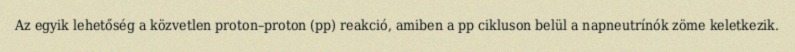
Az egyik lehetőség a közvetlen proton–proton (pp) reakció, amiben a pp cikluson belül a napneutrínók zöme keletkezik.